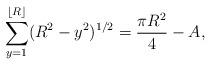
LaTeX: \begin{align*}\sum_{y=1}^{\left \lfloor{R}\right \rfloor} (R^{2} - y^{2})^{1/2} = \frac{\pi R^{2}}{4} - A,\end{align*}